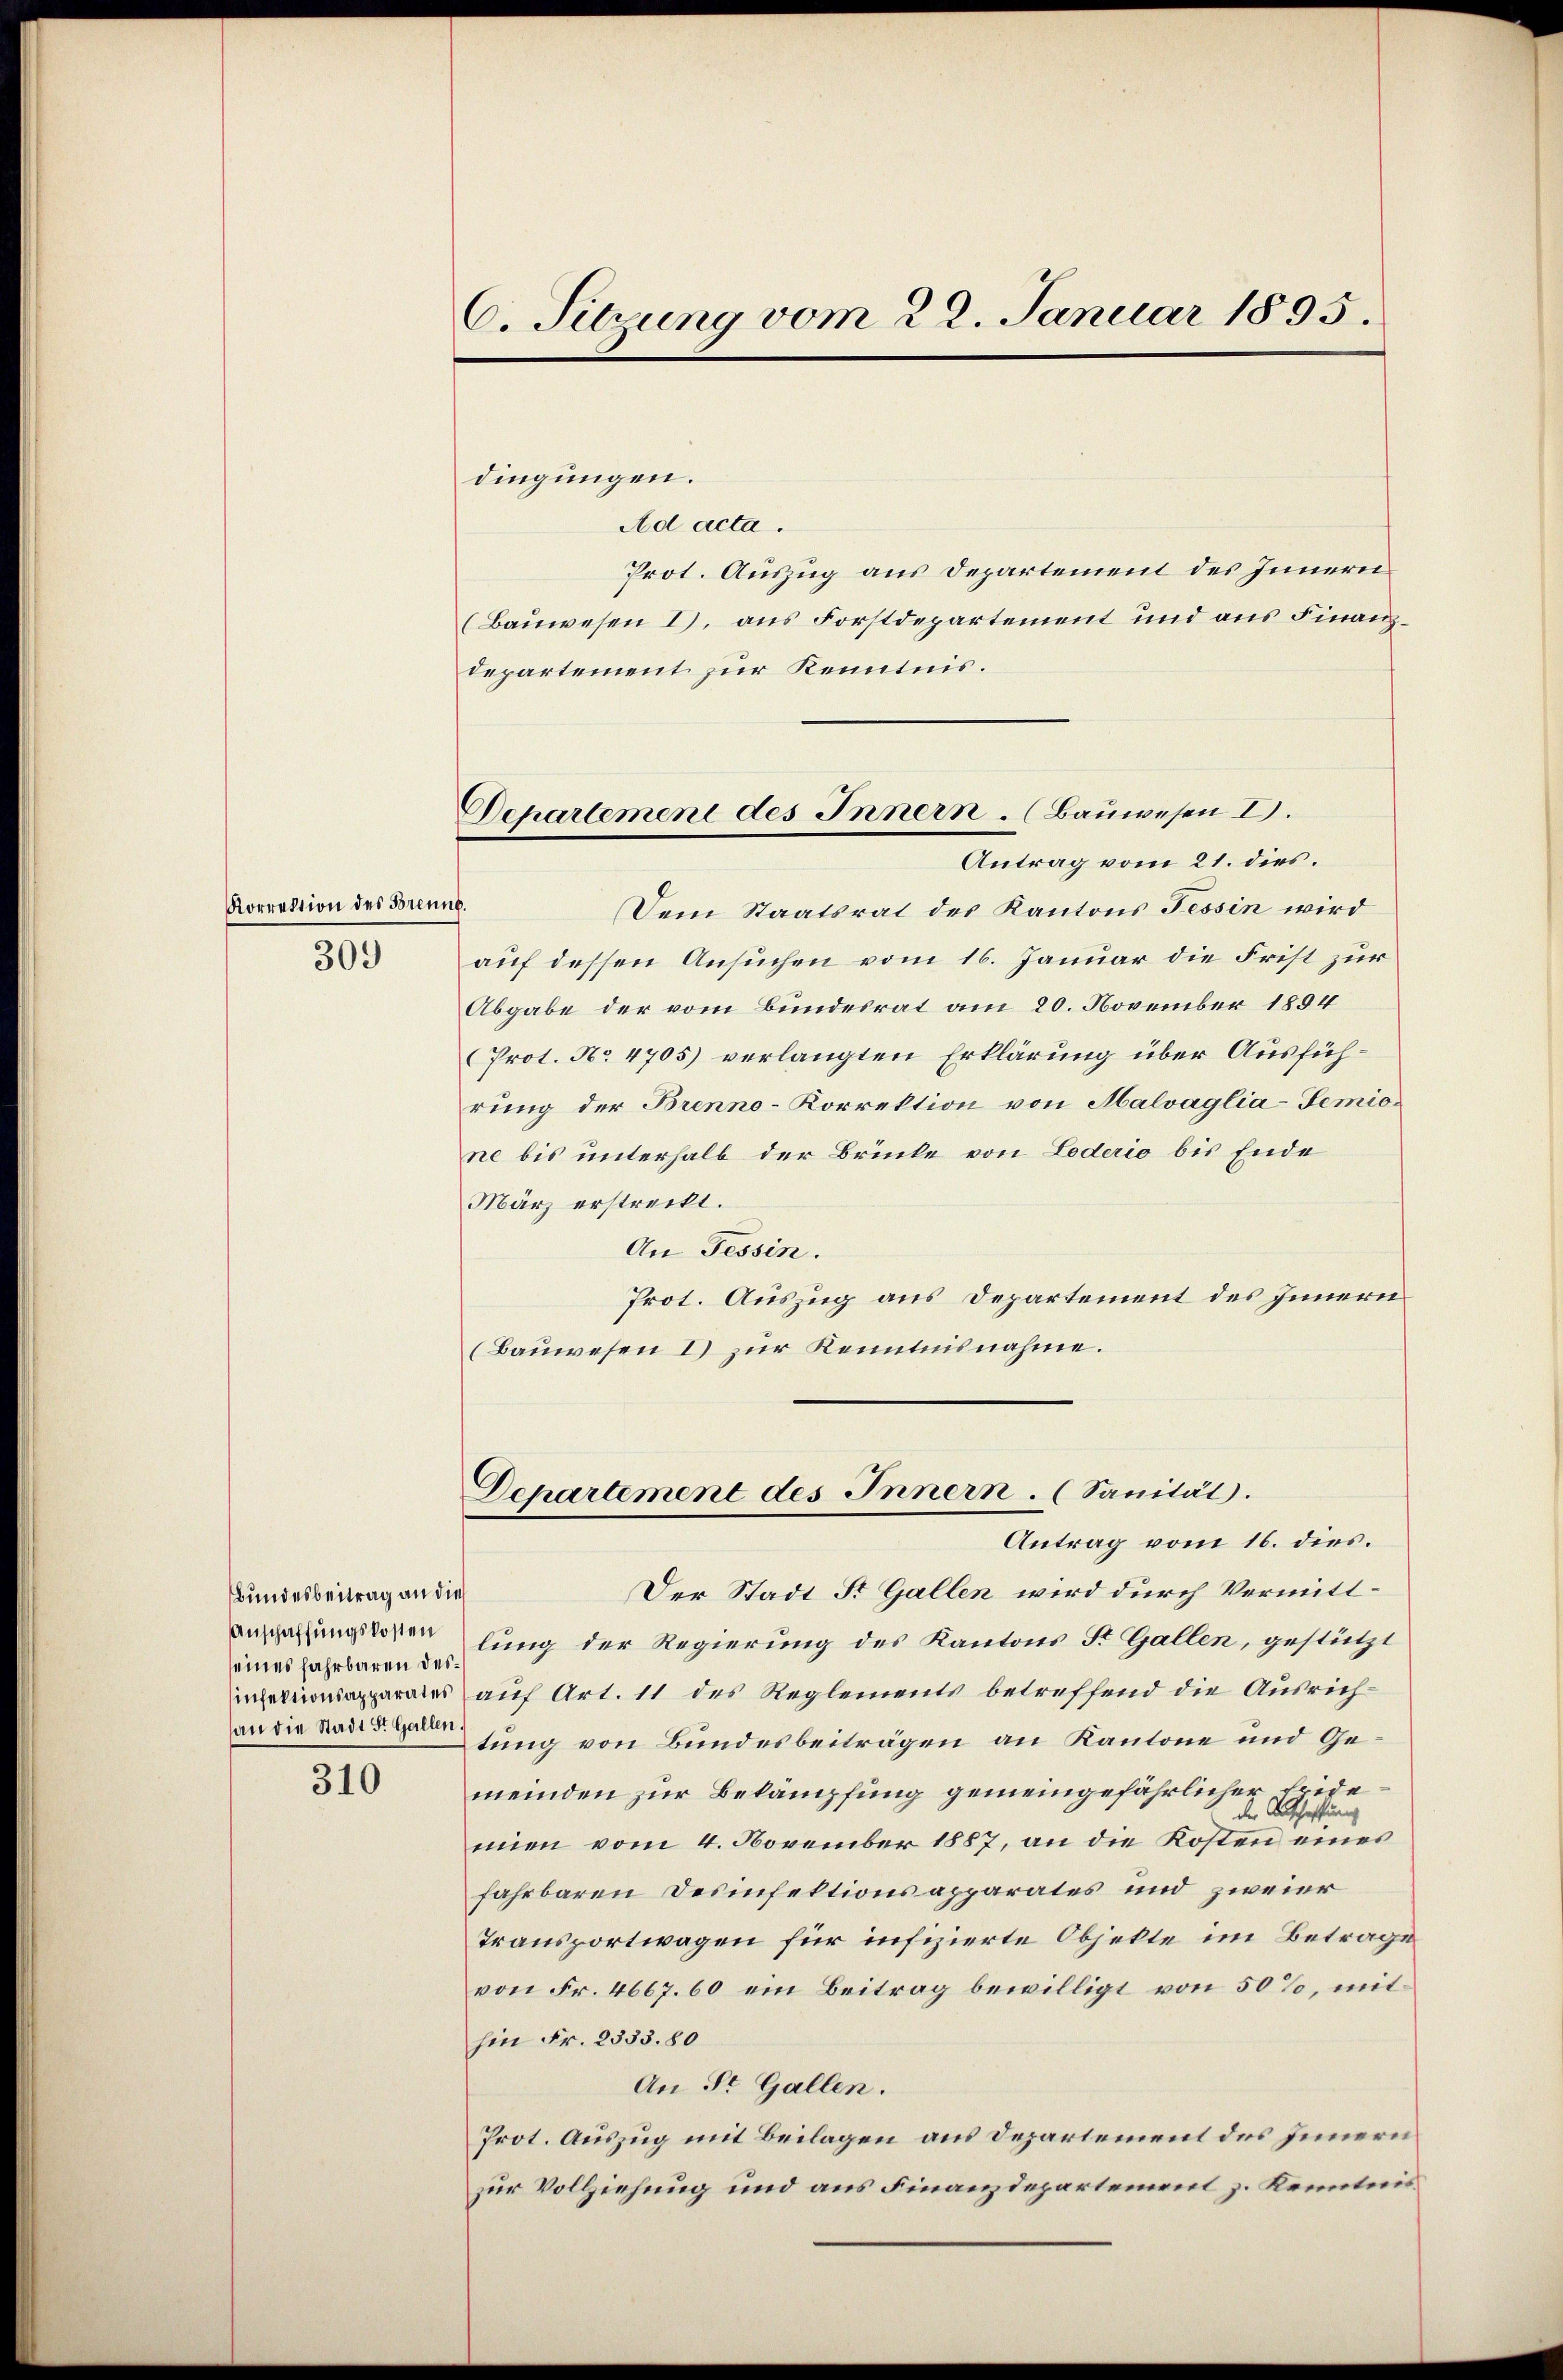
Korrektion des Brenne.

309

Bundesbeitrag an die
Anschaffungskosten
seines Fahrbaren desan die Stadt St. Gallen.

310

C. Sitzung vom 22. Januar 1895.

Dchartement des Innern. (Bauwesen I.
Antrag vom 21. dies.

dingungen.
Ad acta.
Prot. Auszug aus Departement des Innern
(Bauwesen I), aus Forstdepartement und aus Finanzdepartement zur Kenntnis.
Dem Staatsrat des Kantons Tessin wird
auf dessen Ansuchen vom 16. Januar die Frist zur
Abgabe der vom Bundesrat am 20. November 1834
(Prot. No 4705) verlangten Erklärung über Ausführung der Brenno-Korrektion von Malvaglia-Temione bis unterhalb der Brücke von Lederio bis Ende
März erstreckt.
An Tessin.
Prot. Auszug aus Departement des Innern
(Bauwesen I zur Kenntnisnahme.
Departement des Innern. (Sanität.
Antrag vom 16. dies.
Der Stadt St. Gallen wird durch Vermittlung der Regierung des Kantons St. Gallen, gestützt
metapparates auf Art. 11 des Reglements betreffend die Ausrichtung von Bundesbeiträgen an Kantone und Gemeinden zur Bekämpfung gemeingefährlichen
mien vom 4. November 1887, an die Kosten eines
fahrbaren Desinfektionsapparates und zweier
Transportwagen für infizierte Objekte im Betrage
von Fr. 4667. 60 ein Beitrag bewilligt von 50%, mit
hin Fr. 2333. 80
An St. Gallen.
Prot. Auszug mit Beilagen aus Departement des Innern
zur Vollziehung und aus Finanzdepartement z. Kenntnis